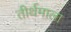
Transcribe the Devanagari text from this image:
तीर्थमाला